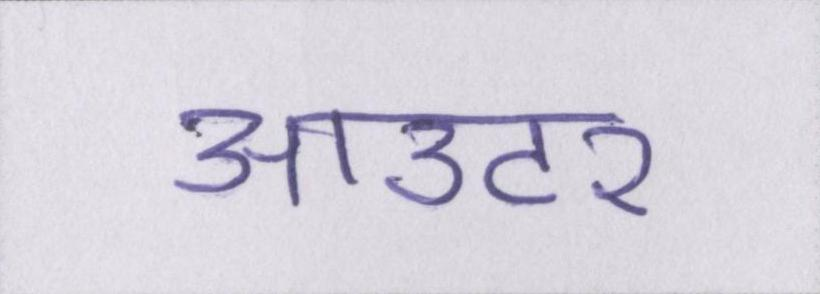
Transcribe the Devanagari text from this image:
आउटर